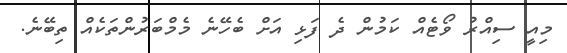
މިއީ ސިއްރު ވޯޓެއް ކަމުން ދެ ފަޅި އަށް ބެހޭނެ މެމްބަރުންތަކެއް ތިބޭނެ.